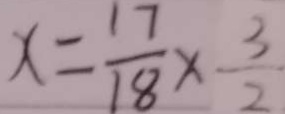
x = \frac { 1 7 } { 1 8 } \times \frac { 3 } { 2 }